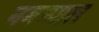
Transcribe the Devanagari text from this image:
नमग्याल